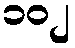
၁၀၂